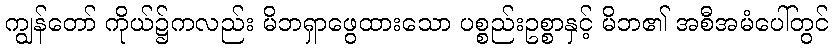
ကျွန်တော် ကိုယ်၌ကလည်း မိဘရှာဖွေထားသော ပစ္စည်းဥစ္စာနှင့် မိဘ၏ အစီအမံပေါ်တွင်